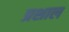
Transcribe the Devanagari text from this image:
प्रशाल